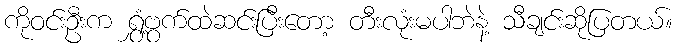
ကိုဝင်းဦးက ရွှံ့ဗွက်ထဲဆင်းပြီးတော့ တီးလုံးမပါဘဲနဲ့ သီချင်းဆိုပြတယ်။